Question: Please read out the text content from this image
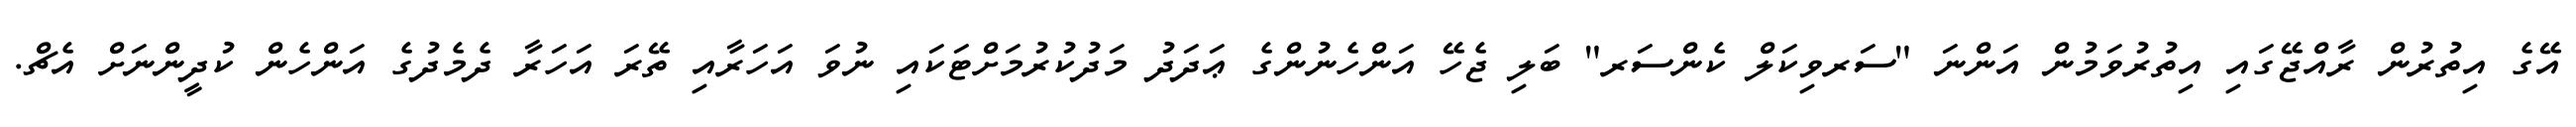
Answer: އޭގެ އިތުރުން ރާއްޖޭގައި އިތުރުވަމުން އަންނަ "ސަރވިކަލް ކެންސަރ" ބަލި ޖެހޭ އަންހެނުންގެ ޢަދަދު މަދުކުރުމަށްޓަކައި ނުވަ އަހަރާއި ތޭރަ އަހަރާ ދެމެދުގެ އަންހެން ކުދީންނަށް އެޗް.